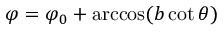
\varphi = \varphi _ { 0 } + \operatorname { a r c c o s } ( b \cot \theta )